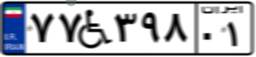
۷۷W۳۹۸۰۱